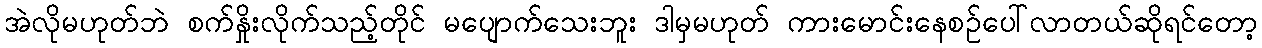
အဲလိုမဟုတ်ဘဲ စက်နှိုးလိုက်သည့်တိုင် မပျောက်သေးဘူး ဒါမှမဟုတ် ကားမောင်းနေစဉ်ပေါ်လာတယ်ဆိုရင်တော့